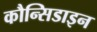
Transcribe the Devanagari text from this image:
कौन्सिडाइन